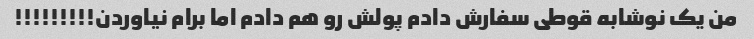
من یک نوشابه قوطی سفارش دادم پولش رو هم دادم اما برام نیاوردن!!!!!!!!!